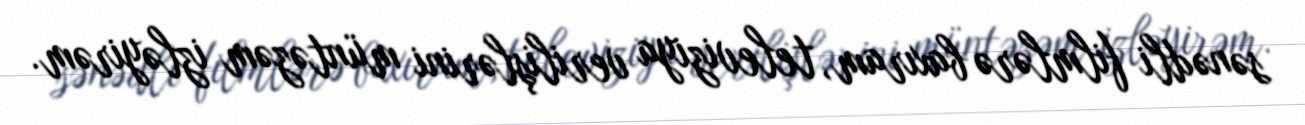
sənədli filmlərə baxıram, televiziya verilişlərini müntəzəm izləyirəm.